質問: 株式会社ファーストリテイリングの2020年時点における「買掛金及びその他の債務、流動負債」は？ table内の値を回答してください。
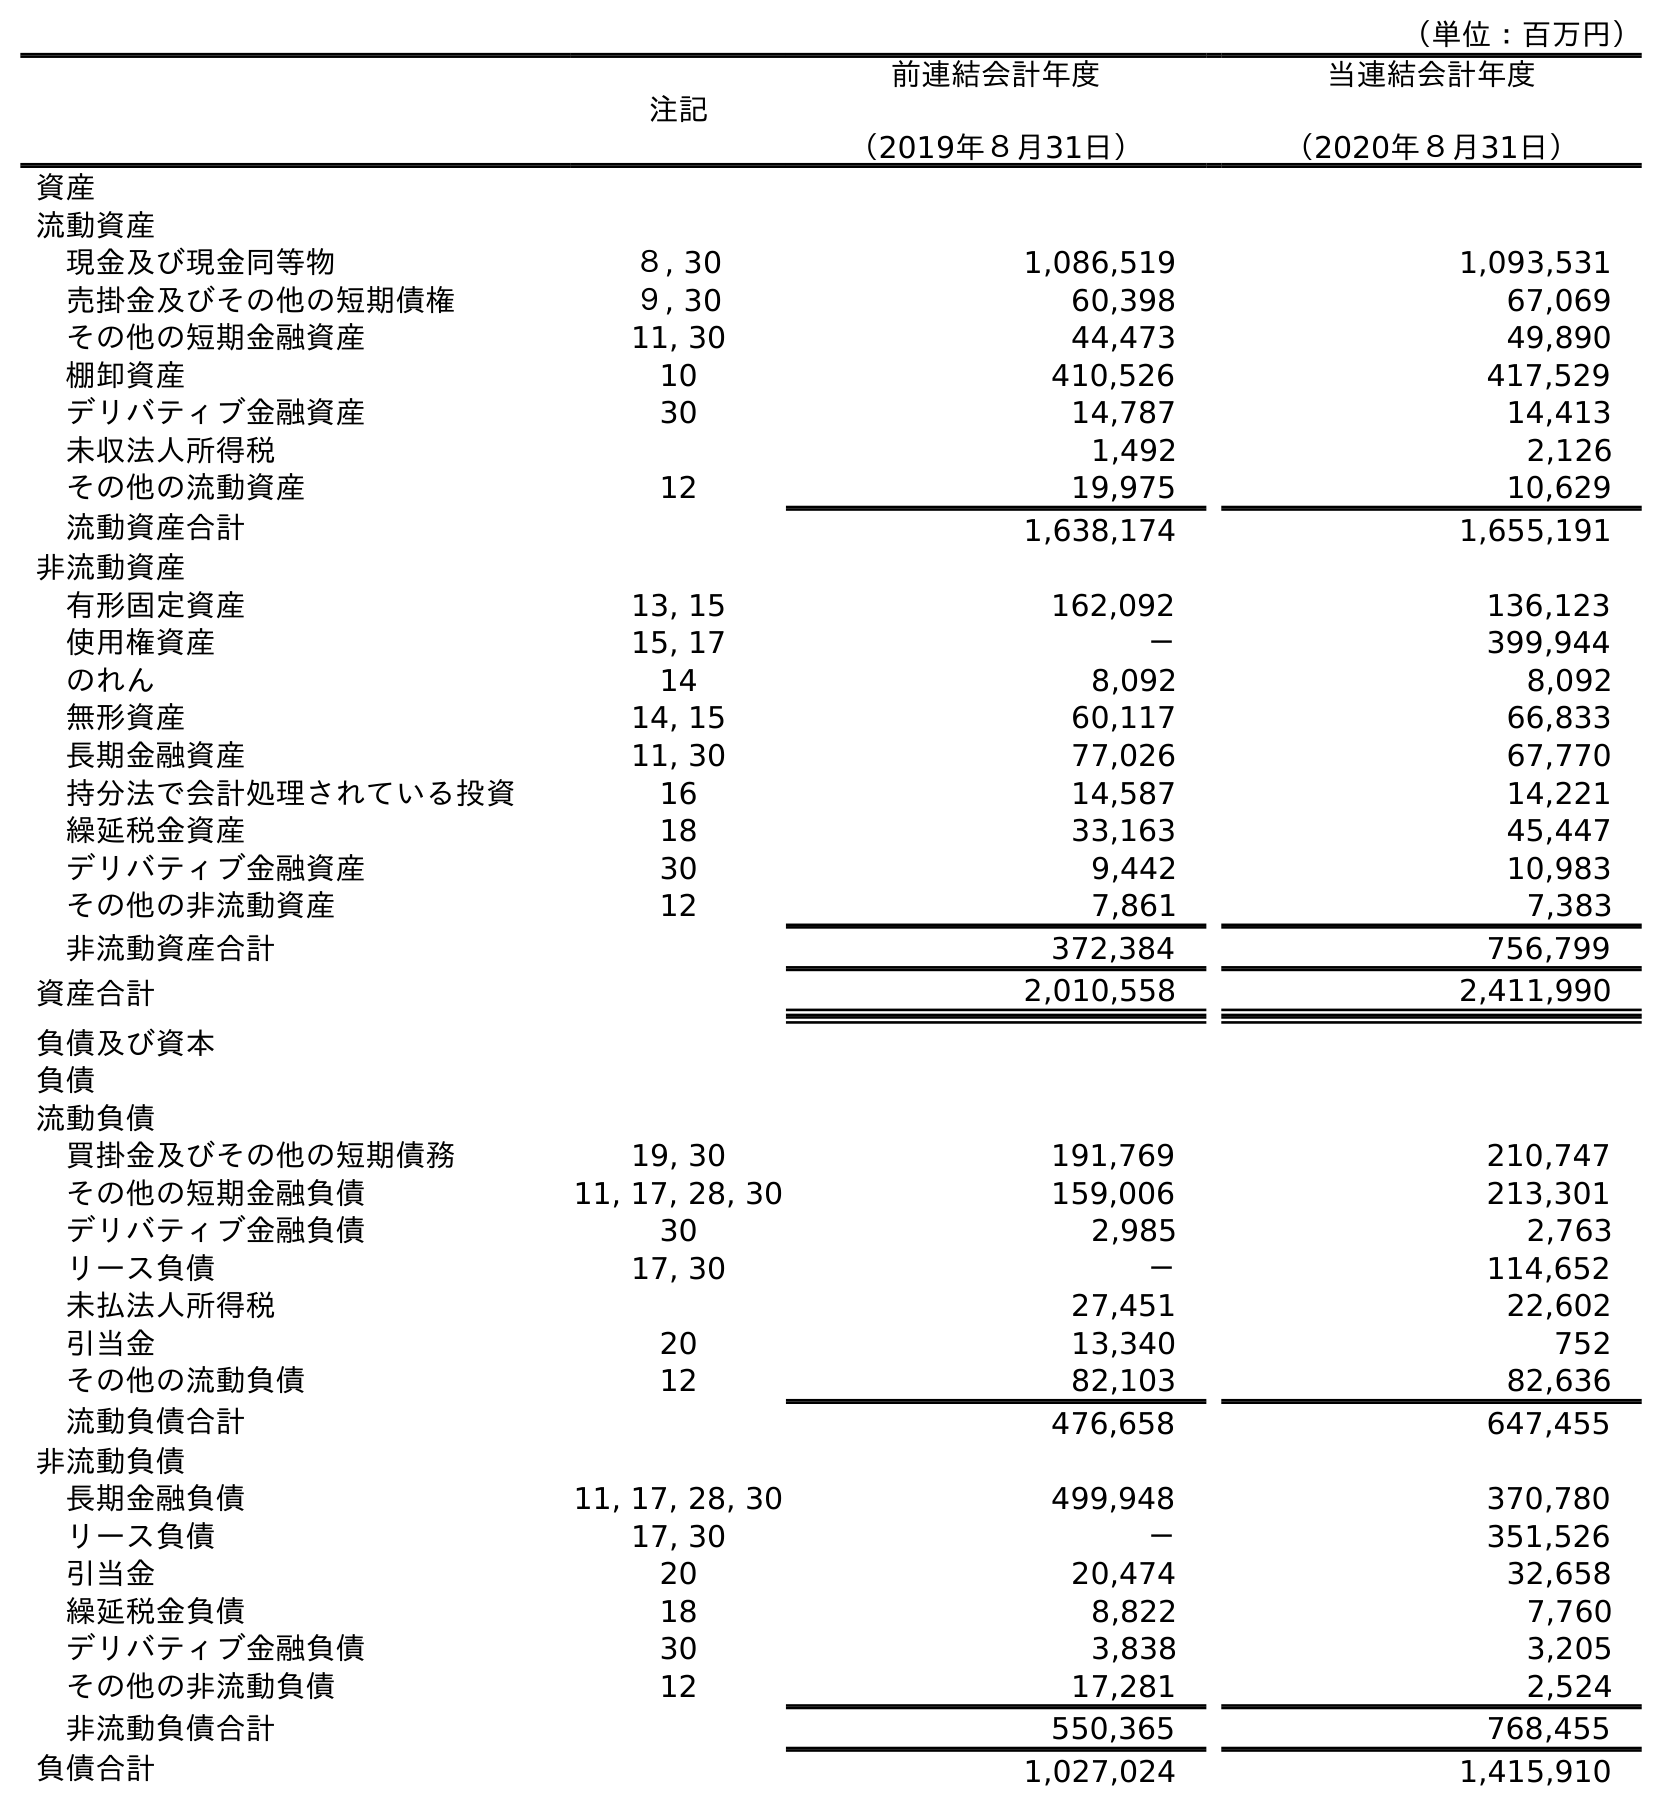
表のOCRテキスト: （単位：百万円） 注記 前連結会計年度 （2019年８月31日） 当連結会計年度 （2020年８月31日） 資産 流動資産 現金及び現金同等物 ８, 30 1,086,519 1,093,531 売掛金及びその他の短期債権 ９, 30 60,398 67,069 その他の短期金融資産 11, 30 44,473 49,890 棚卸資産 10 410,526 417,529 デリバティブ金融資産 30 14,787 14,413 未収法人所得税 1,492 2,126 その他の流動資産 12 19,975 10,629 流動資産合計 1,638,174 1,655,191 非流動資産 有形固定資産 13, 15 162,092 136,123 使用権資産 15, 17 － 399,944 のれん 14 8,092 8,092 無形資産 14, 15 60,117 66,833 長期金融資産 11, 30 77,026 67,770 持分法で会計処理されている投資 16 14,587 14,221 繰延税金資産 18 33,163 45,447 デリバティブ金融資産 30 9,442 10,983 その他の非流動資産 12 7,861 7,383 非流動資産合計 372,384 756,799 資産合計 2,010,558 2,411,990 負債及び資本 負債 流動負債 買掛金及びその他の短期債務 19, 30 191,769 210,747 その他の短期金融負債 11, 17, 28, 30 159,006 213,301 デリバティブ金融負債 30 2,985 2,763 リース負債 17, 30 － 114,652 未払法人所得税 27,451 22,602 引当金 20 13,340 752 その他の流動負債 12 82,103 82,636 流動負債合計 476,658 647,455 非流動負債 長期金融負債 11, 17, 28, 30 499,948 370,780 リース負債 17, 30 － 351,526 引当金 20 20,474 32,658 繰延税金負債 18 8,822 7,760 デリバティブ金融負債 30 3,838 3,205 その他の非流動負債 12 17,281 2,524 非流動負債合計 550,365 768,455 負債合計 1,027,024 1,415,910
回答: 210,747